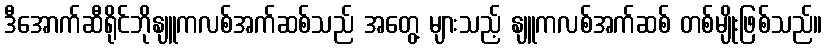
ဒီအောက်ဆီရိုင်ဘိုနျူကလစ်အက်ဆစ်သည် အတွေ့ များသည့် နျူကလစ်အက်ဆစ် တစ်မျိုးဖြစ်သည်။